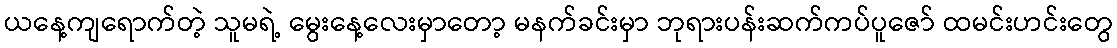
ယနေ့ကျရောက်တဲ့ သူမရဲ့ မွေးနေ့လေးမှာတော့ မနက်ခင်းမှာ ဘုရားပန်းဆက်ကပ်ပူဇော် ထမင်းဟင်းတွေ